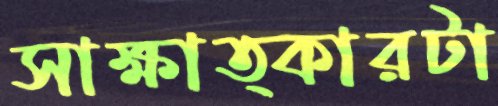
সাক্ষাত্কারটা